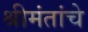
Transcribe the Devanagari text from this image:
श्रीमंतांचे